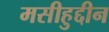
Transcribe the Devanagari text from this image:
मसीहुद्दीन